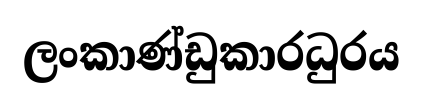
ලංකාණ්ඩුකාරධුරය